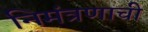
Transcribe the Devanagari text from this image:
निमंत्रणाची